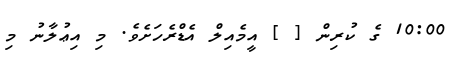
10:00 ގެ ކުރިން [ ] އީމެއިލް އެޑްރެހަށެވެ. މި އިޢުލާނު މި